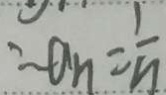
\therefore a _ { n } = \frac { 1 } { n }